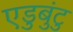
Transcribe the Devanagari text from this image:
एडुबुंटु